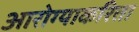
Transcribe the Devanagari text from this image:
आरोग्याकरिता